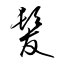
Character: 髮